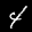
Label: 4